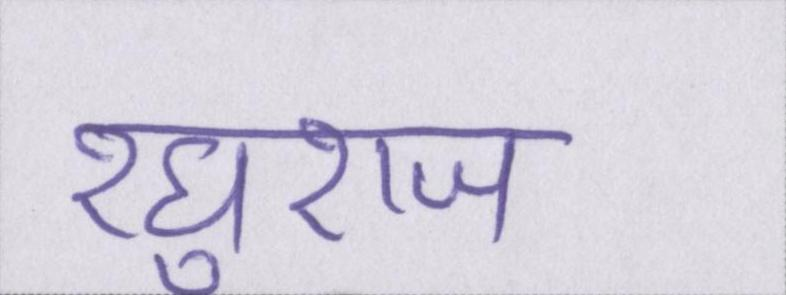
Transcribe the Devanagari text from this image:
रघुराज